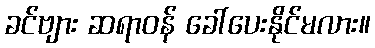
ခင်ဗျား ဆရာဝန် ခေါ်ပေးနိုင်မလား။